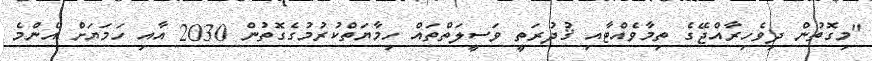
"މިގޮތުން ދިވެހިރާއްޖޭގެ ތިމާވެއްޓާއި ޤުދުރަތީ ވަސީލަތްތައް ހިމާޔަތްކުރުމުގެގޮތުން 2030 އާއި ހަމަޔަށް އެންމެ